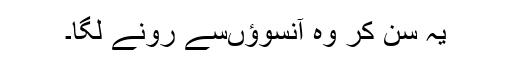
یہ سن کر وہ آنسوؤں‌سے رونے لگا۔